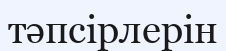
тәпсірлерін